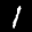
Label: 1